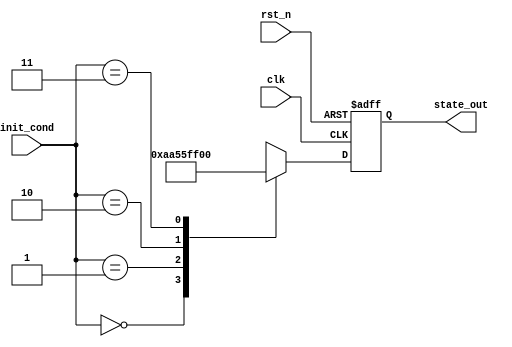
module conditional_initialization (
    input wire clk,               // Clock signal
    input wire rst_n,             // Active low reset signal
    input wire [1:0] init_cond,   // Initialization condition input
    output reg [7:0] state_out     // Output state
);

// Define parameters for initialization states
parameter INIT_STATE_0 = 8'hAA; // Example initialization state 0
parameter INIT_STATE_1 = 8'h55; // Example initialization state 1
parameter INIT_STATE_2 = 8'hFF; // Example initialization state 2
parameter INIT_STATE_3 = 8'h00; // Example initialization state 3

// Internal register to hold the state
reg [7:0] state;

// Sequential logic for state initialization and updates
always @(posedge clk or negedge rst_n) begin
    if (!rst_n) begin
        // Reset condition: initialize state to a default value
        state <= INIT_STATE_3; // Default state on reset
    end else begin
        // Conditional initialization based on input conditions
        case (init_cond)
            2'b00: state <= INIT_STATE_0; // Initialize to state 0
            2'b01: state <= INIT_STATE_1; // Initialize to state 1
            2'b10: state <= INIT_STATE_2; // Initialize to state 2
            2'b11: state <= INIT_STATE_3; // Initialize to state 3
            default: state <= INIT_STATE_3; // Default case
        endcase
    end
end

// Output logic to reflect the initialized state
always @(*) begin
    state_out = state; // Assign the state to output
end

endmodule